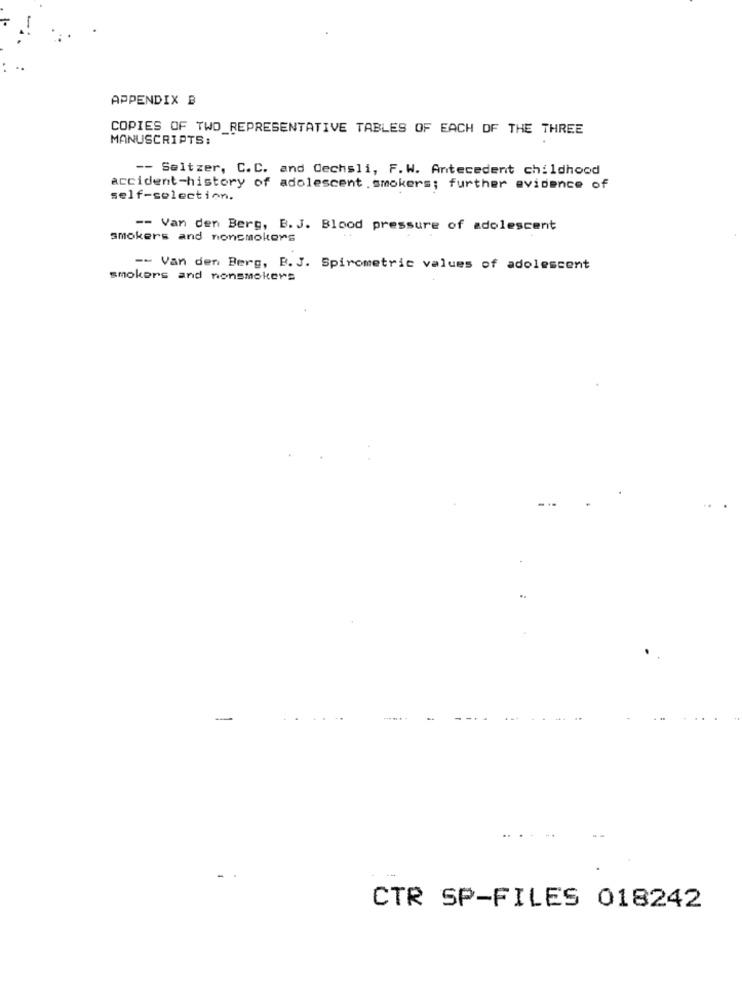
APPENDIX B
COPIES OF TWO_REPRESENTATIVE TABLES OF EACH OF THE THREE
MANUSCRIPTS:
-- Seltzer, C.C. and Cechsli, F.W. Antecedent childhood
accident-history of adolescent . smokers; further evidence of
self-selection.
-- Van den Berg, B.J. Blood pressure of adolescent
smokers and nonsmokers
-- Van den Berg, B.J. Spirometric values of adolescent
smokers and nonsmokers
-
CTR SP-FILES 018242